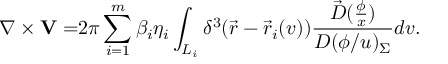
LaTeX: \nabla \times { \bf V = } 2 \pi \sum _ { i = 1 } ^ { m } \beta _ { i } \eta _ { i } \int _ { L _ { i } } \delta ^ { 3 } ( \vec { r } - \vec { r } _ { i } ( v ) ) \frac { \vec { D } ( \frac \phi x ) } { D ( \phi / u ) _ { \Sigma } } d v .